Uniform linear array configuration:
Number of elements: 32
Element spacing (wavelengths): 0.25
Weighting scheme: blackman
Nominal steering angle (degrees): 30
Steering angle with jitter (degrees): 30.497
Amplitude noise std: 0.05
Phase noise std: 0.05

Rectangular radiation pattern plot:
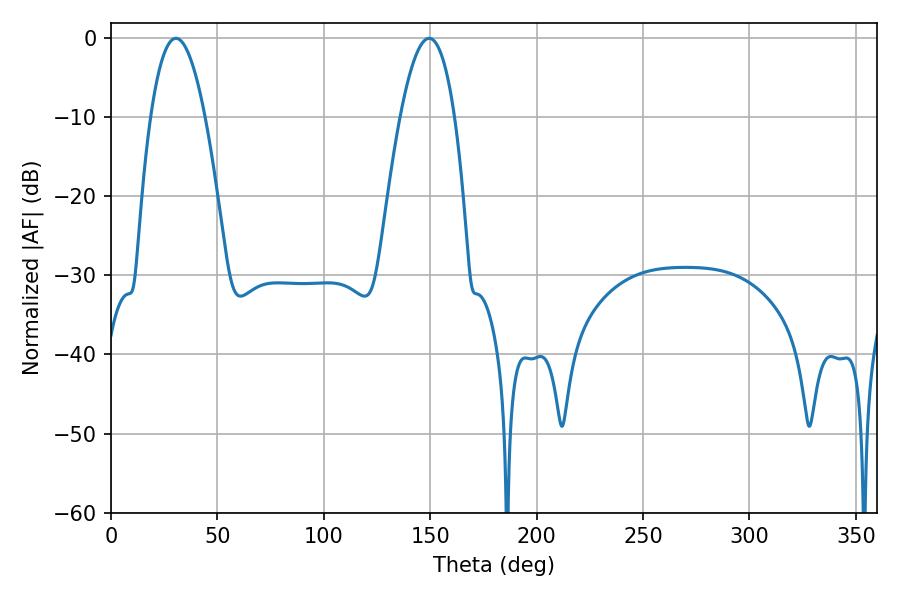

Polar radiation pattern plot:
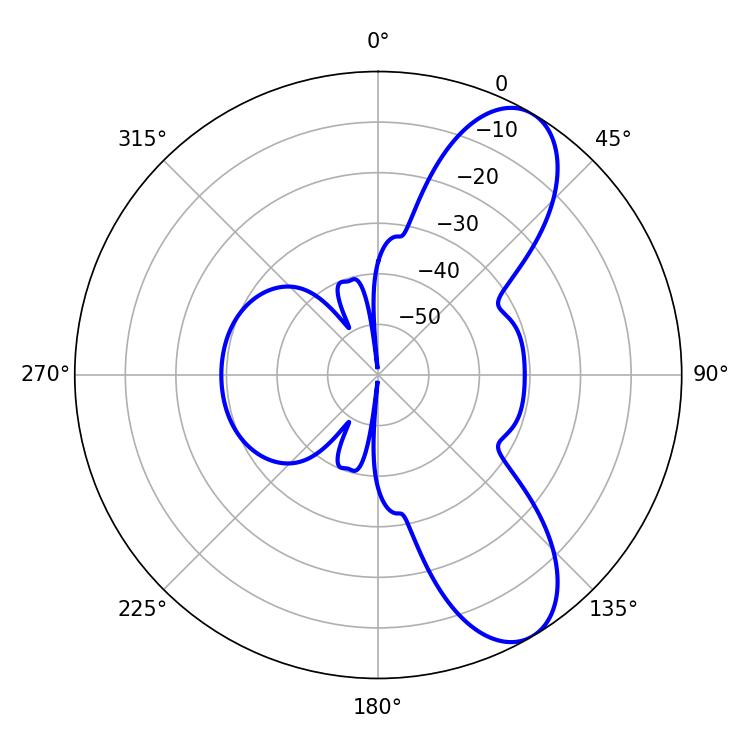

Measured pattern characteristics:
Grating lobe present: FALSE
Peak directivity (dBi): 8.703
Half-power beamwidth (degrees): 14.04
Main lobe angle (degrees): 30.42